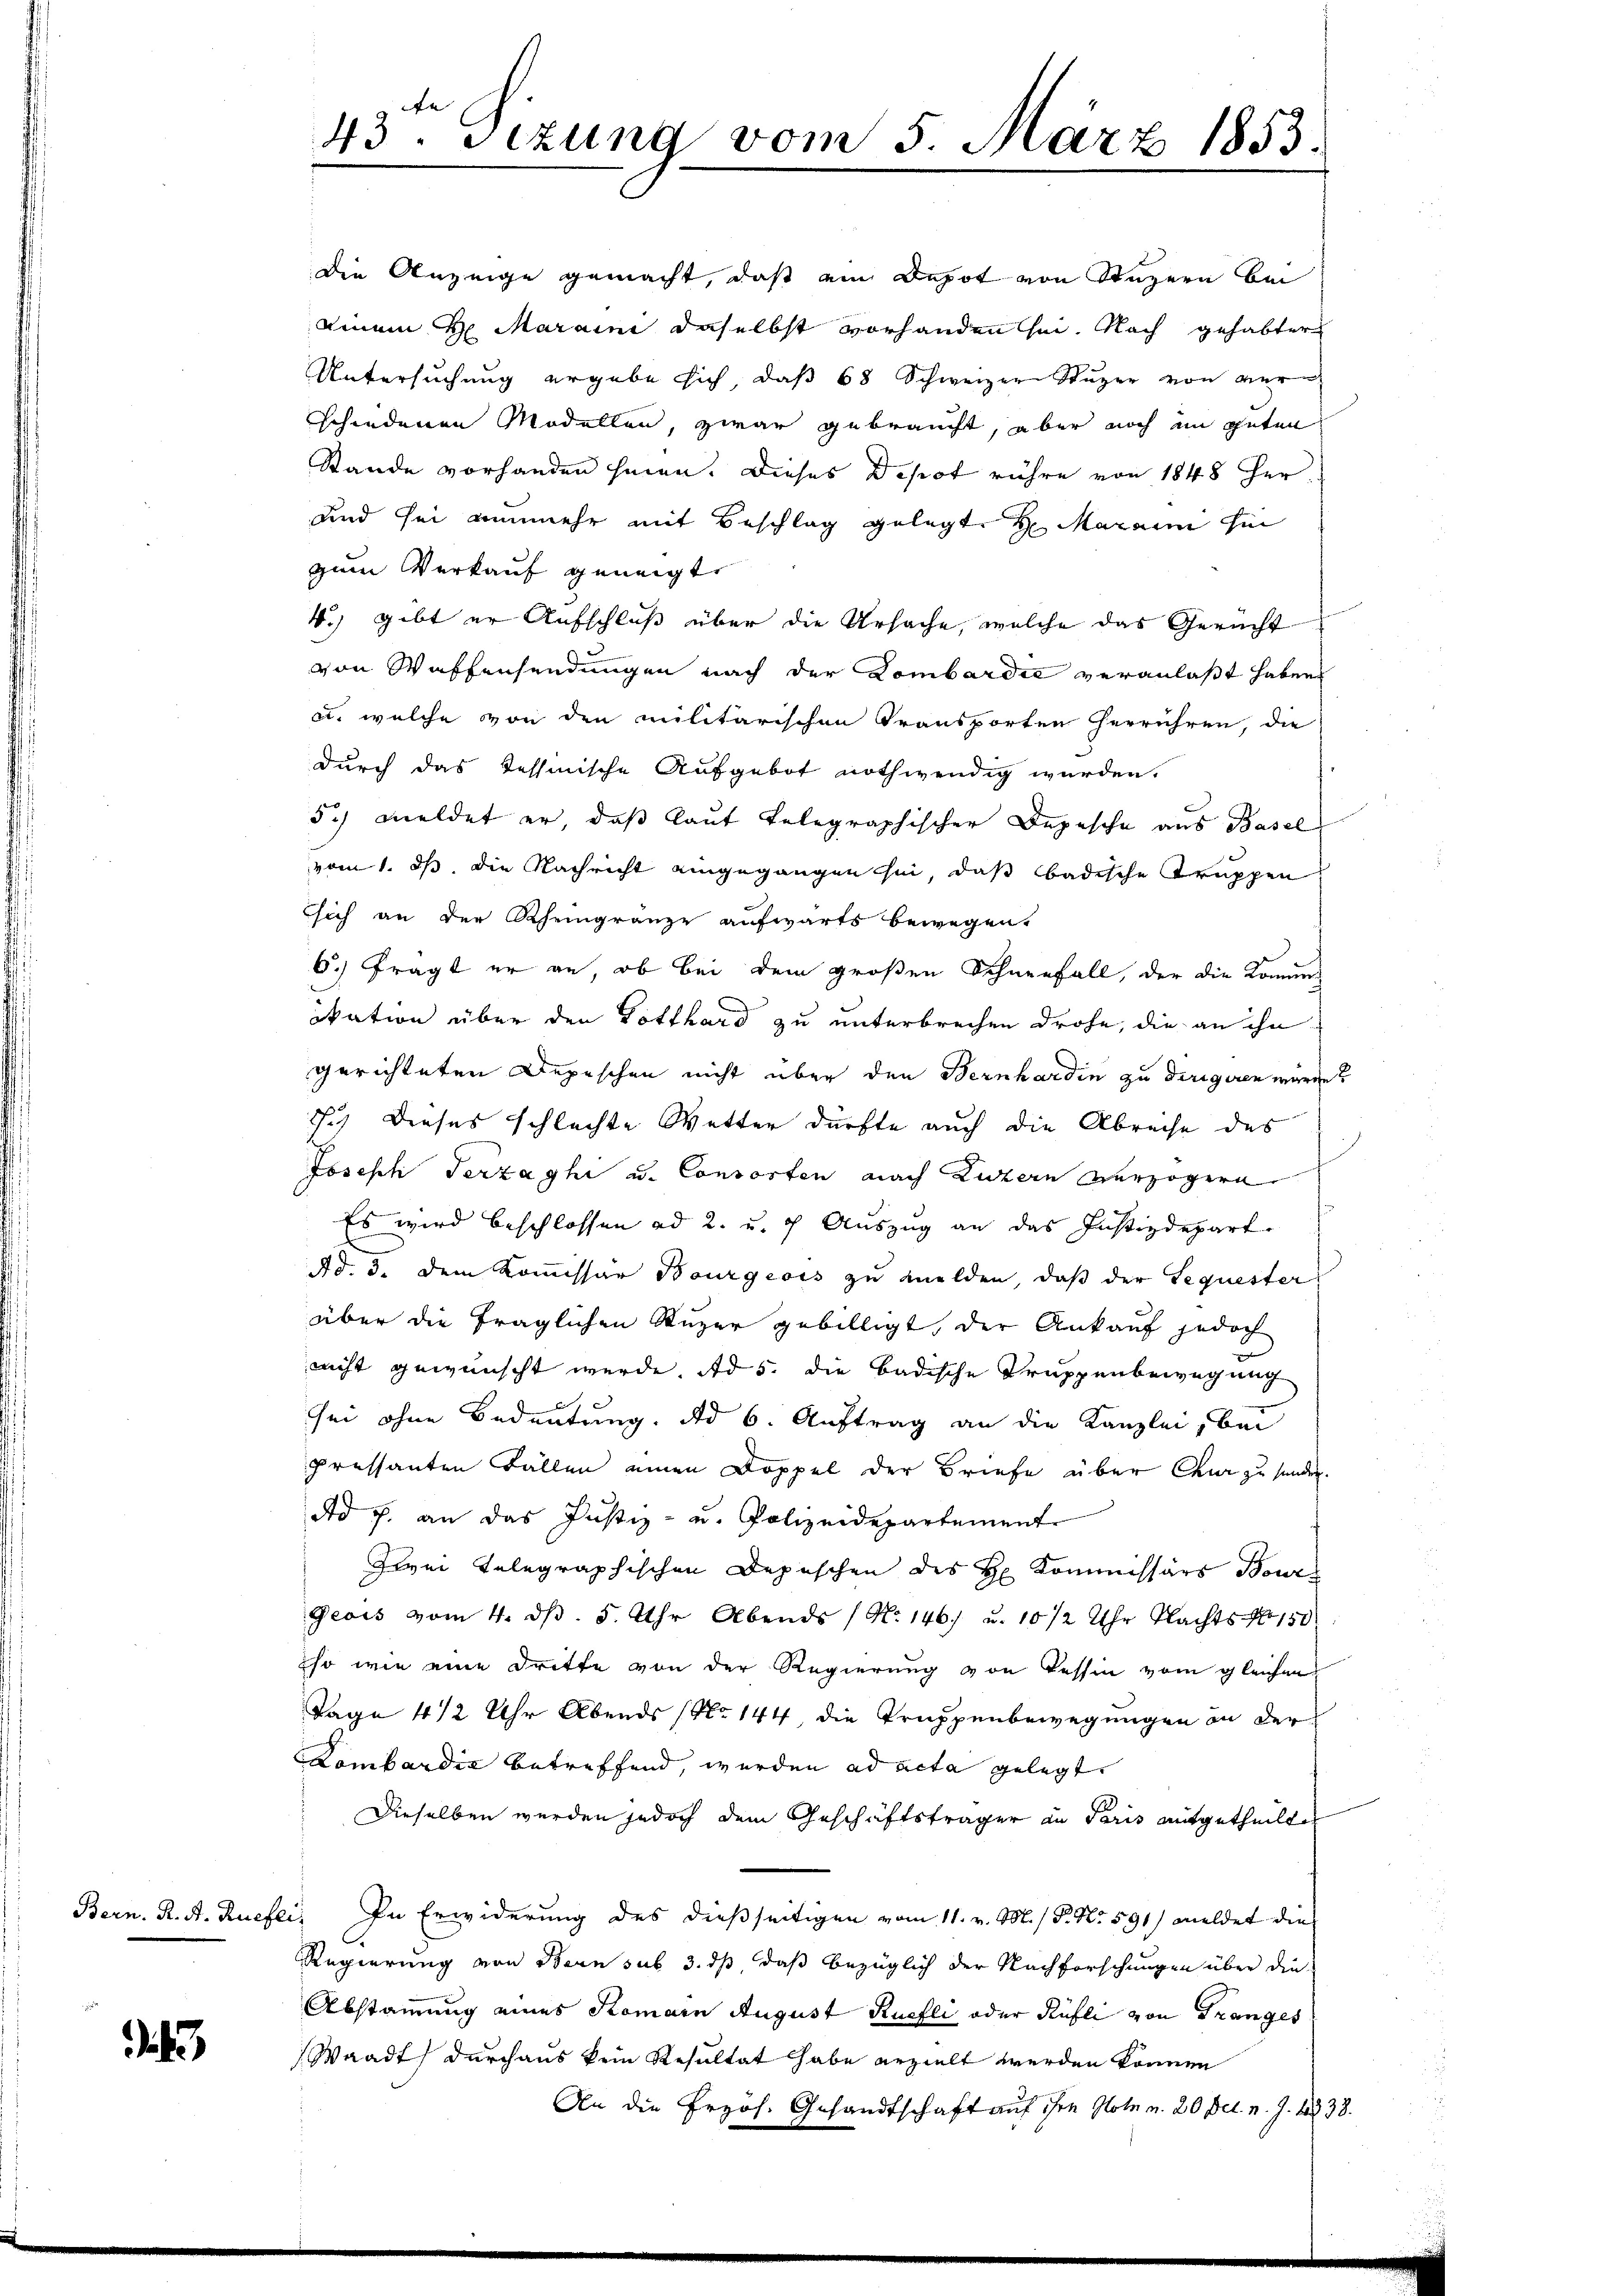
Bern. R. A. Ruefe

.

43. Sezung vom 5. März 1853.

die Anzeige gemacht, daß ein Depot von Stuzern bei
einem Maraini daselbst vorhanden sei. Nach gehabter
Untersuchung ergabe sich, daß 68 Schweizer Stuzer von ver
schiedenen Modellen, zwar gebraucht, aber noch im guten
Stande vorhanden seien. Dieses Depot rühre von 1848 her¬
und sei nunmehr mit Beschlag gelegte H. Aarau hin
zum Verkauf geneigte
4.) gibt er Aufschluß über die Ursache, welche das Gericht
von Waffensendungen nach der Lombardić veranlaßt haben
u. welche von den militärischen Transporten herrühren, die
durch das Tessinische Aufgebot nothwendig wurden.
5c) meldet er, daß laut telegraphischer Depesche aus Basel
vom 1. ds. die Nachricht eingegangen sei, daß badische Truppen
sich an der Rheingränze aufwärts bewegen,
6.) frägt er an, ob bei dem großen Schneefall, der die Komme
ikation über den Potthard zu unterbrechen drohe, die an ihn
gerichteten Depeschen nicht über den Bernharden zu dirigiren warde?
1.) Dieses schlachte Wetter dürfte auch die Abreche des
Joseph Serzaghi u. Consorten nach Luzern verzögern
Es wird beschlossen ad 2. u.  Auszug an das Justizdepart.
Ad. 3. dem Kommissar Bourgeois zu melden, daß der Sequester
über die fraglichen Super gebilligt, der Ankauf jedoch
nicht gewünscht werde, ad 5. die badische Truppenbewegung
sei ohne Bedeutung. ad 6. Auftrag an die Kanzlei bei
pressanten Fällen einen Doppel der Briefe über Chur zu senden.
dd J. an das Justiz- u. Polizeidepartement
Zwei telegraphischen Depeschen des H. Kommissärs Bour
Geois vom 4. dβ. 5. Uhr Abends (N. 146 u. 10 1/2 Uhr Nachts No 150
so wie eine Dritte von der Regierung von Tessin vom gleichen
Tage 412 Uhr Abends (No 144 die Truppenbewegungen an der
Lombardić betreffend, werden ad acta gelegt.
Dieselben werden jedoch dem Geschäftsträger an Paris mitgetheiltes
" In Erwiderung des dießseitigen vom 11. v. M. / P. Nr. 591) meldet die
Regierung von Bern sub 3. ds daß bezüglich der Nachforschungen über die
Abstammung eines Komain August Ruefli oder Küfli von Tranges
Waadt) durchaus kein Resultat habe erzielt werden können
An die Prof. Gesandtschaft auf ihre Note u. 20 Dec. n. J. 1838.